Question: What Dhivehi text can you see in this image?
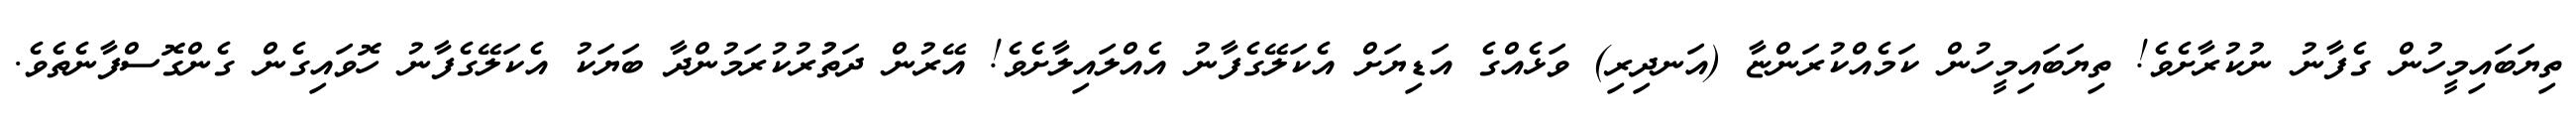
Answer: ތިޔަބައިމީހުން ގެފާނު ނުކުރާށެވެ! ތިޔަބައިމީހުން ކަމެއްކުރަންޏާ (އަނދިރި) ވަޅެއްގެ އަޑިޔަށް އެކަލޭގެފާނު އެއްލައިލާށެވެ! އޭރުން ދަތުުރުކުރަމުންދާ ބަޔަކު އެކަލޭގެފާނު ހޮވައިގެން ގެންގޮސްފާނެތެވެ.